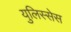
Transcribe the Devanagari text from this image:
युलिस्सेस